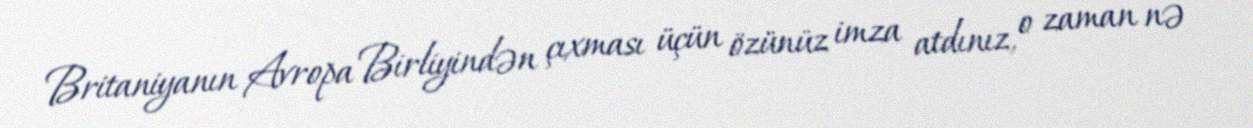
Britaniyanın Avropa Birliyindən çıxması üçün özünüz imza atdınız, o zaman nə